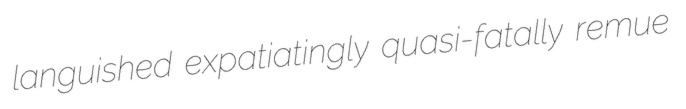
languished expatiatingly quasi-fatally remue